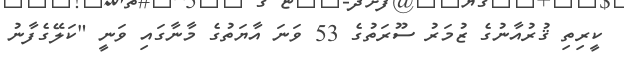
ކީރިތި ޤުރުއާނުގެ ޒުމަރު ސޫރަތުގެ 53 ވަނަ އާޔަތުގެ މާނާގައި ވަނީ "ކަލޭގެފާނު